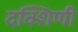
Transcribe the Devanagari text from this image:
दक्शिणी